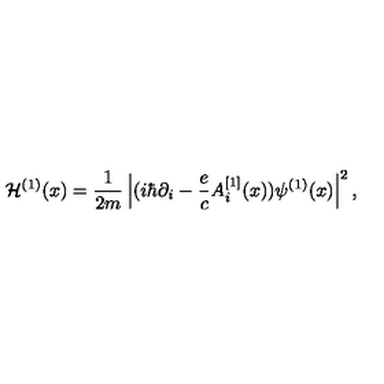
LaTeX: { \cal H } ^ { ( 1 ) } ( x ) = { \frac { 1 } { 2 m } } \left| ( i \hbar \partial _ { i } - { \frac { e } { c } } A _ { i } ^ { [ 1 ] } ( x ) ) \psi ^ { ( 1 ) } ( x ) \right| ^ { 2 } ,